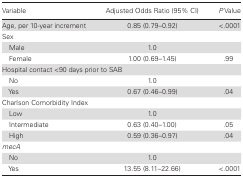
<table><thead><tr><td><b>Variable</b></td><td><b>Adjusted Odds Ratio (95% CI)</b></td><td><b><i>P</i> Value</b></td></tr></thead><tbody><tr><td>Age, per 10-year increment</td><td>0.85 (0.79–0.92)</td><td>&lt;.0001</td></tr><tr><td colspan="3">Sex</td></tr><tr><td> Male</td><td>1.0</td><td></td></tr><tr><td> Female</td><td>1.00 (0.69–1.45)</td><td>.99</td></tr><tr><td colspan="3">Hospital contact &lt;90 days prior to SAB</td></tr><tr><td> No</td><td>1.0</td><td></td></tr><tr><td> Yes</td><td>0.67 (0.46–0.99)</td><td>.04</td></tr><tr><td colspan="3">Charlson Comorbidity Index</td></tr><tr><td> Low</td><td>1.0</td><td></td></tr><tr><td> Intermediate</td><td>0.63 (0.40–1.00)</td><td>.05</td></tr><tr><td> High</td><td>0.59 (0.36–0.97)</td><td>.04</td></tr><tr><td colspan="3"><i>mecA</i></td></tr><tr><td> No</td><td>1.0</td><td></td></tr><tr><td> Yes</td><td>13.55 (8.11–22.66)</td><td>&lt;.0001</td></tr></tbody></table>